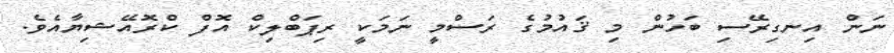
ނަން އިނގިރޭސި ބަހުން މި ޤައުމުގެ ރަސްމީ ނަމަކީ ރިޕަބްލިކް އޮފް ކްރޮއޭޝިޔާއެވެ.